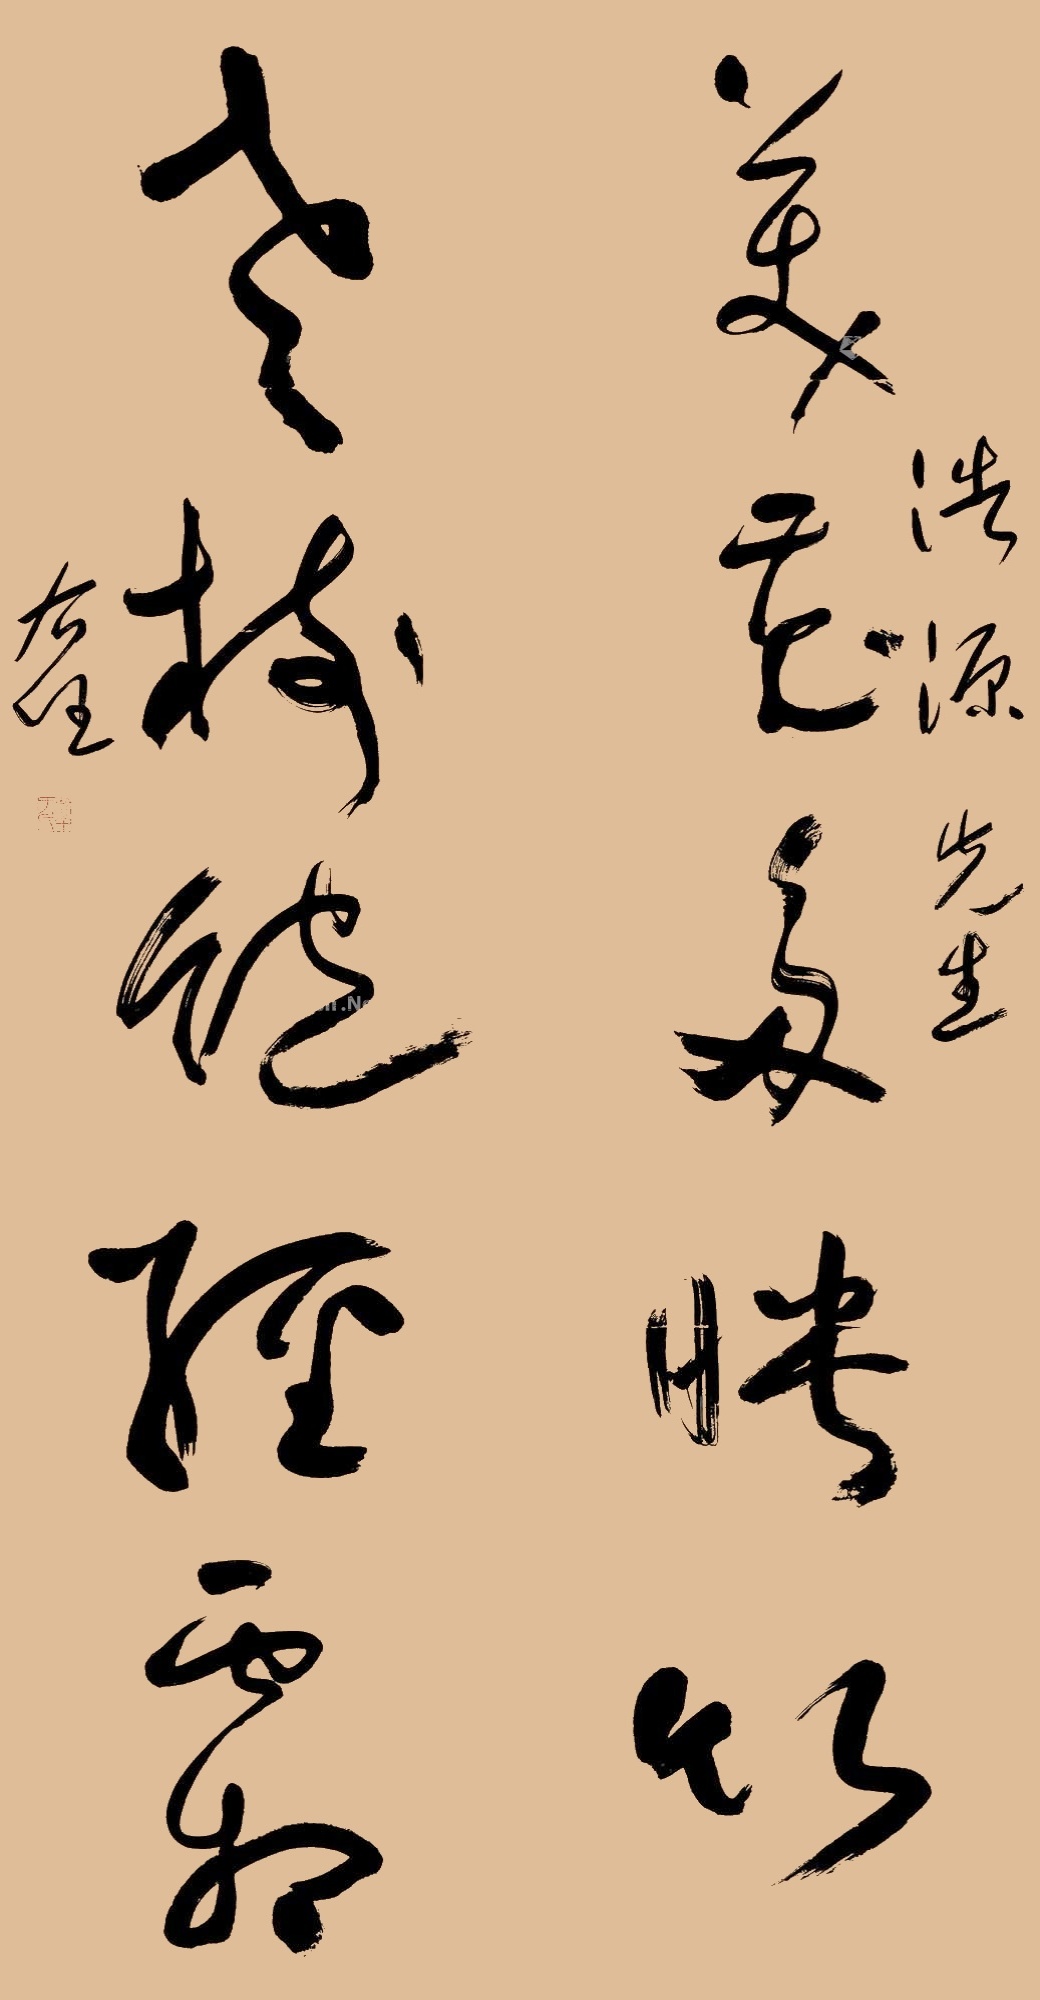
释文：美花多映竹，老梅饱经霜。浩源先生。右任。